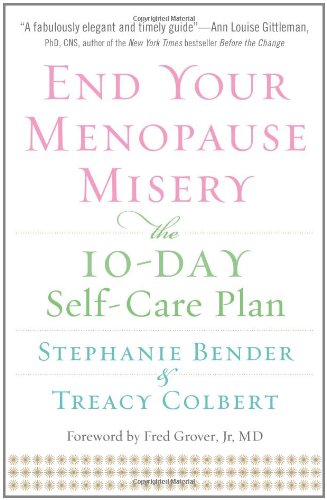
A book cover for End Your Menopause Misery: The 10-Day Self-Care Plan; Stephanie Bender; Health, Fitness & Dieting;